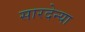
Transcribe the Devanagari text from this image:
सारदेन्या